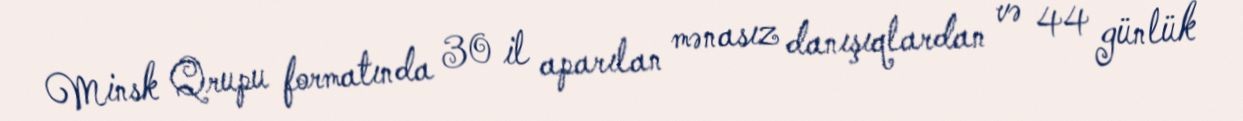
Minsk Qrupu formatında 30 il aparılan mənasız danışıqlardan və 44 günlük